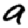
Digit: 9